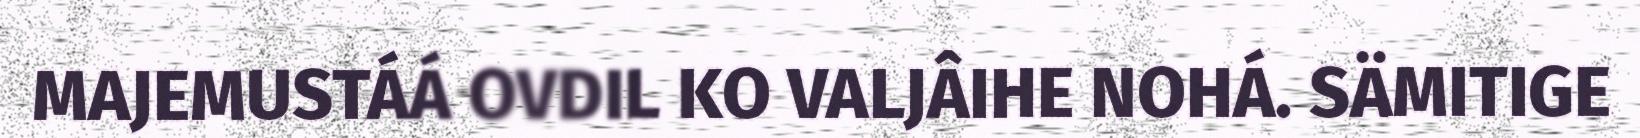
MAJEMUSTÁÁ OVDIL KO VALJÂIHE NOHÁ. SÄMITIGE